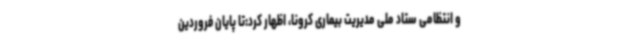
و انتظامی ستاد ملی مدیریت بیماری کرونا، اظهار کرد:تا پایان فروردین